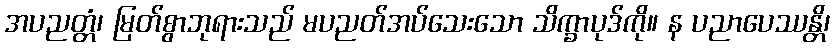
အပညတ္တံ၊ မြတ်စွာဘုရားသည် မပညတ်အပ်သေးသော သိက္ခာပုဒ်ကို။ န ပညာပေဿန္တိ၊